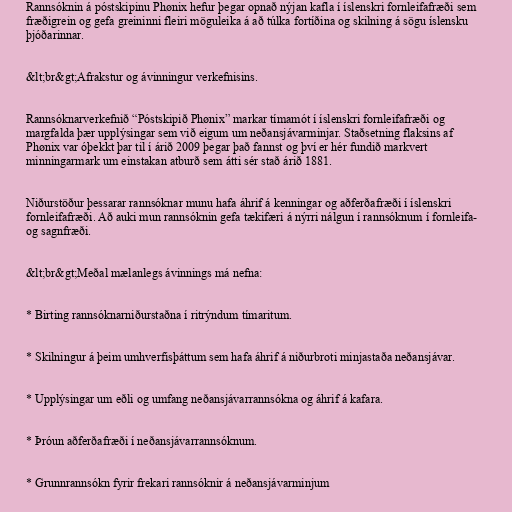
Rannsóknin á póstskipinu Phønix hefur þegar opnað nýjan kafla í íslenskri fornleifafræði sem
fræðigrein og gefa greininni fleiri möguleika á að túlka fortíðina og skilning á sögu íslensku
þjóðarinnar.

&lt;br&gt;Afrakstur og ávinningur verkefnisins.

Rannsóknarverkefnið “Póstskipið Phønix” markar tímamót í íslenskri fornleifafræði og
margfalda þær upplýsingar sem við eigum um neðansjávarminjar. Staðsetning flaksins af
Phønix var óþekkt þar til í árið 2009 þegar það fannst og því er hér fundið markvert
minningarmark um einstakan atburð sem átti sér stað árið 1881.

Niðurstöður þessarar rannsóknar munu hafa áhrif á kenningar og aðferðafræði í íslenskri
fornleifafræði. Að auki mun rannsóknin gefa tækifæri á nýrri nálgun í rannsóknum í fornleifa-
og sagnfræði.

&lt;br&gt;Meðal mælanlegs ávinnings má nefna:

* Birting rannsóknarniðurstaðna í ritrýndum tímaritum.

* Skilningur á þeim umhverfisþáttum sem hafa áhrif á niðurbroti minjastaða neðansjávar.

* Upplýsingar um eðli og umfang neðansjávarrannsókna og áhrif á kafara.

* Þróun aðferðafræði í neðansjávarrannsóknum.

* Grunnrannsókn fyrir frekari rannsóknir á neðansjávarminjum